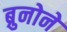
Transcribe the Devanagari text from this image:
ब्रुनोने